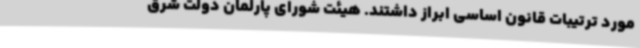
مورد ترتیبات قانون اساسی ابراز داشتند. هیئت شورای پارلمان دولت شرق